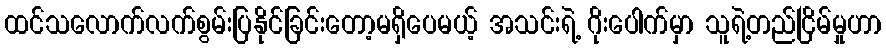
ထင်သလောက်လက်စွမ်းပြနိုင်ခြင်းတော့မရှိပေမယ့် အသင်းရဲ့ ဂိုးပေါက်မှာ သူရဲ့တည်ငြိမ်မှုဟာ